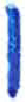
אות: ו